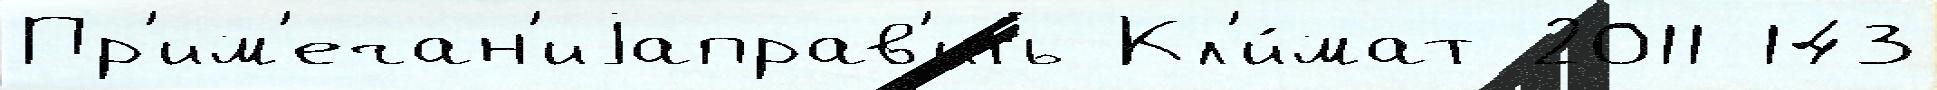
Пр'им'ечан'иjаправ'ить Кл'и́мат 2011 143